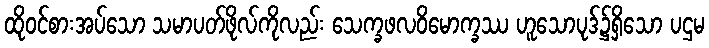
ထိုဝင်စားအပ်သော သမာပတ်ဖိုလ်ကိုလည်း သေက္ခဖလဝိမောက္ခဿ ဟူသောပုဒ်၌ရှိသော ပဌမ